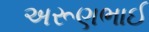
અરૂણભાઈ